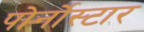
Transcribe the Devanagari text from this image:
पोर्नोस्टार